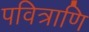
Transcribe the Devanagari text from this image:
पवित्राणि